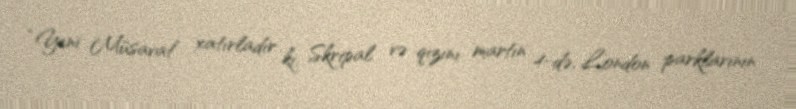
“Yeni Müsavat” xatırladır ki, Skripal və qızını martın 4-də, London parklarının